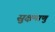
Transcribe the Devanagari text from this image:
सुक्षमाणु